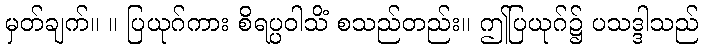
မှတ်ချက်။ ။ ပြယုဂ်ကား စိရပ္ပဝါသိံ စသည်တည်း။ ဤပြယုဂ်၌ ပသဒ္ဒါသည်